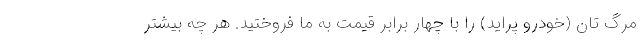
مرگ تان (خودرو پراید) را با چهار برابر قیمت به ما فروختید. هر چه بیشتر